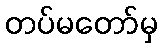
တပ်မတော်မှ